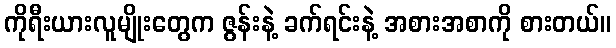
ကိုရီးယားလူမျိုးတွေက ဇွန်းနဲ့ ခက်ရင်းနဲ့ အစားအစာကို စားတယ်။